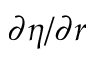
\partial \eta / \partial r